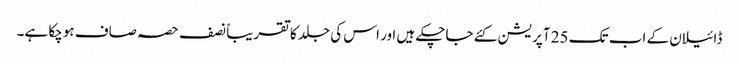
ڈائیلان کے اب تک 25 آپریشن کئے جاچکے ہیں اور اس کی جلد کا تقریباً نصف حصہ صاف ہوچکا ہے۔